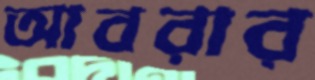
আবরার